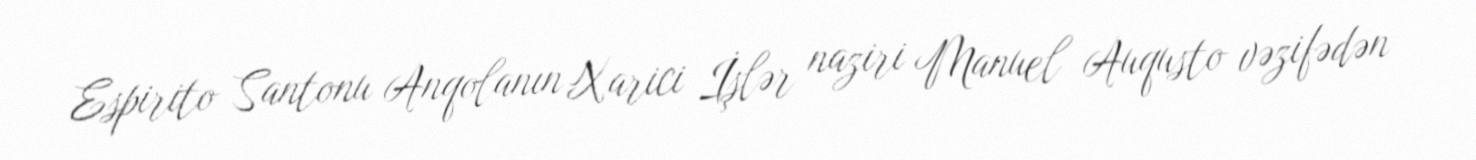
Espirito Santonu Anqolanın Xarici İşlər naziri Manuel Auqusto vəzifədən